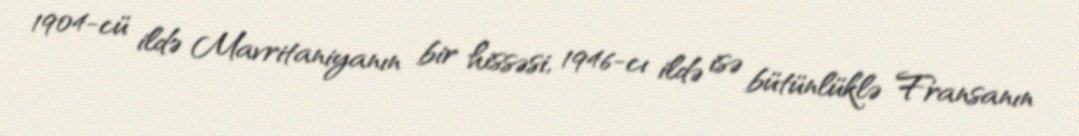
1904-cü ildə Mavritaniyanın bir hissəsi, 1946-cı ildə isə bütünlüklə Fransanın